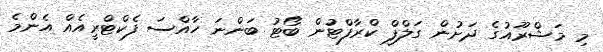
މި މަޝްރޫއުގެ ދަށުން ގަލްފް ކްރާފްޓުން ބޯޓު ބަންނަ ހާއްސަ ފެކްޓްރީއެއް އެންމެ